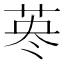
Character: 𦰈